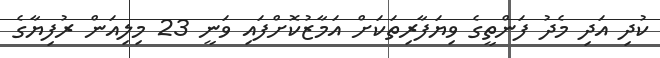
ކުދި އަދި މެދު ފަންތީގެ ވިޔަފާރިތަކަށް އަމާޒުކޮށްފައި ވަނީ 23 މިލިއަން ރުފިޔާގެ